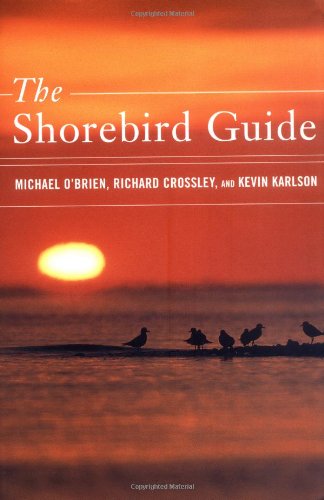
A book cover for The Shorebird Guide; Michael O'Brien; Science & Math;